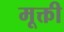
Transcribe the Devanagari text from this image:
मूक्ती